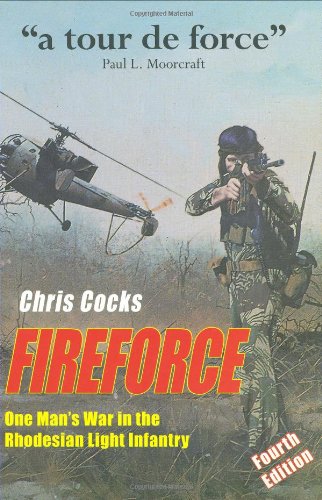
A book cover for FIREFORCE: One Man's War in The Rhodesian Light Infantry; Chris Cocks; History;